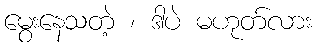
မွေးနေသတဲ့ ၊ ဒါပဲ မဟုတ်လား